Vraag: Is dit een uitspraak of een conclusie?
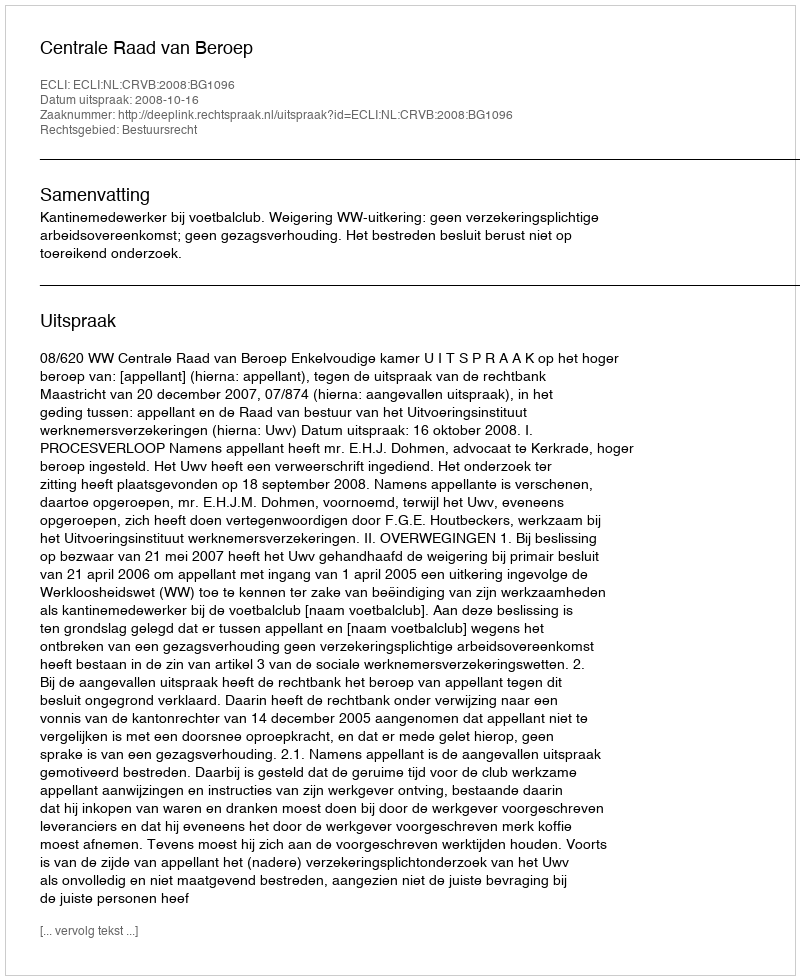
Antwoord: Uitspraak